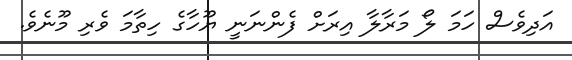
އަދިވެސް ހަމަ ލޯ މަރާލާ އިރަށް ފެންނަނީ ޔޫހާގެ ހިތާމަ ވެރި މޫނެވެ.